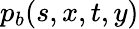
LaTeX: p_{b}(s,x,t,y)